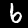
Label: 6